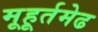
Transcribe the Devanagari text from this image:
मूहूर्तमेढ